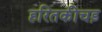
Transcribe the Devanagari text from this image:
हरितकीचड़